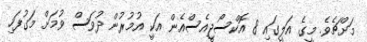
މަށްޗެވެ. މީގެ އަލީގައި 8 އޮކްސޯޖީއެސްއެން އަކީ އުމުރުން ދުވަސް ވުމަށް މަގުފަހި